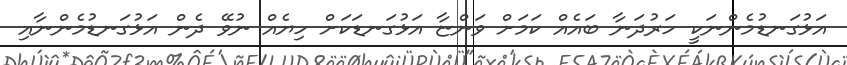
އަޅުގަނޑުމެންނަކީ ހަރުދަނާ ބައެއް ކަމަށް ވަންޏާ އަޅުގަނޑަކަށް ހިޔެއް ނުވޭ ދެން އަޅުގަނޑުމެންނާއި